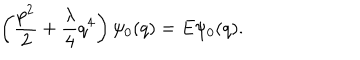
\left( \frac { p ^ { 2 } } { 2 } + \frac { \lambda } { 4 } q ^ { 4 } \right) \psi _ { 0 } ( q ) = E \psi _ { 0 } ( q ) .